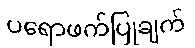
ပရောဖက်ပြုချက်